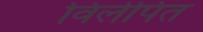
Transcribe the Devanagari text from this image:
विलेपित